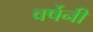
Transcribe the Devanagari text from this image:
वर्षेनी